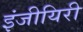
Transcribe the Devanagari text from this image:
इंजीयिरी